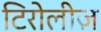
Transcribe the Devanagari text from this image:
टिरोलीज़